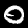
Digit: 0